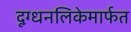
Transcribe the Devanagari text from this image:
दूग्धनलिकेमार्फत